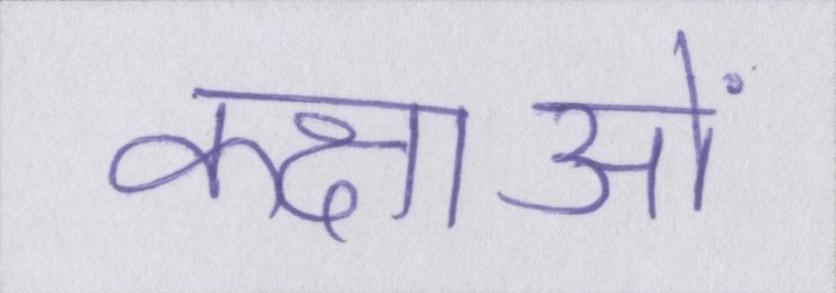
कक्षाओं